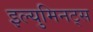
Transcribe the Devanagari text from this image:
इल्युमिनट्स